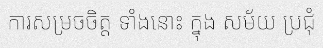
ការសម្រចចិត្ត ទាំងនោះ ក្នុង សម័យ ប្រជុំ